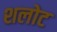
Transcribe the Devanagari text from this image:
शलोट